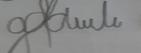
Signature authenticity: forged